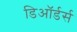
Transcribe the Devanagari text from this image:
डिऑर्डर्स